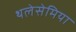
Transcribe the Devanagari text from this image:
थलेसेमिया